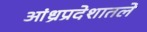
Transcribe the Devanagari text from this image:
आंध्रप्रदेशातले